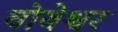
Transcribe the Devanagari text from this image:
वोवेश्वर